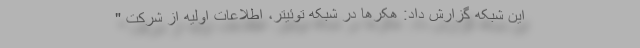
این شبکه گزارش داد: هکرها در شبکه توئیتر، اطلاعات اولیه از شرکت "